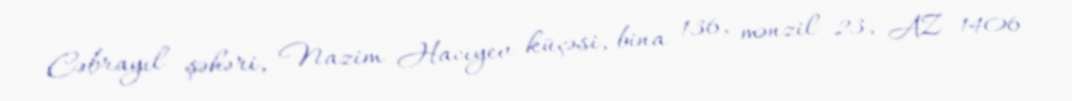
Cəbrayıl şəhəri, Nazim Hacıyev küçəsi, bina 136, mənzil 23, AZ 1406